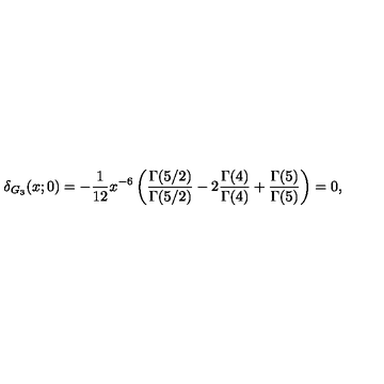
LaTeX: \delta _ { G _ { 3 } } ( x ; 0 ) = - { \frac { 1 } { 1 2 } } { x ^ { - 6 } } \left( { \frac { \Gamma ( 5 / 2 ) } { \Gamma ( 5 / 2 ) } } - 2 { \frac { \Gamma ( 4 ) } { \Gamma ( 4 ) } } + { \frac { \Gamma ( 5 ) } { \Gamma ( 5 ) } } \right) = 0 ,